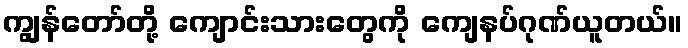
ကျွန်တော်တို့ ကျောင်းသားတွေကို ကျေနပ်ဂုဏ်ယူတယ်။